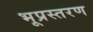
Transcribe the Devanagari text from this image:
भूप्रस्तरण